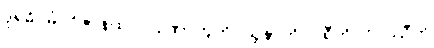
ဒုရဓိဂမံ ဝိဇာနထ ပါပုဏာတူတိ သူနာတိ ပရီတိ ဝိပဿီတိ